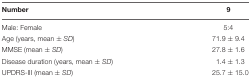
| Number | 9 |
 | --- | --- |
 | Male: Female | 5:4 |
 | Age (years, mean ± SD) | 71.9 ± 9.4 |
 | MMSE (mean ± SD) | 27.8 ± 1.6 |
 | Disease duration (years, mean ± SD) | 1.4 ± 1.3 |
 | UPDRS-III (mean ± SD) | 25.7 ± 15.0 |